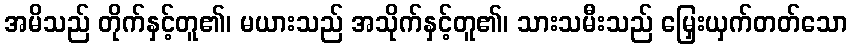
အမိသည် တိုက်နှင့်တူ၏၊ မယားသည် အသိုက်နှင့်တူ၏၊ သားသမီးသည် မြှေးယှက်တတ်သော